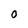
Character: 0